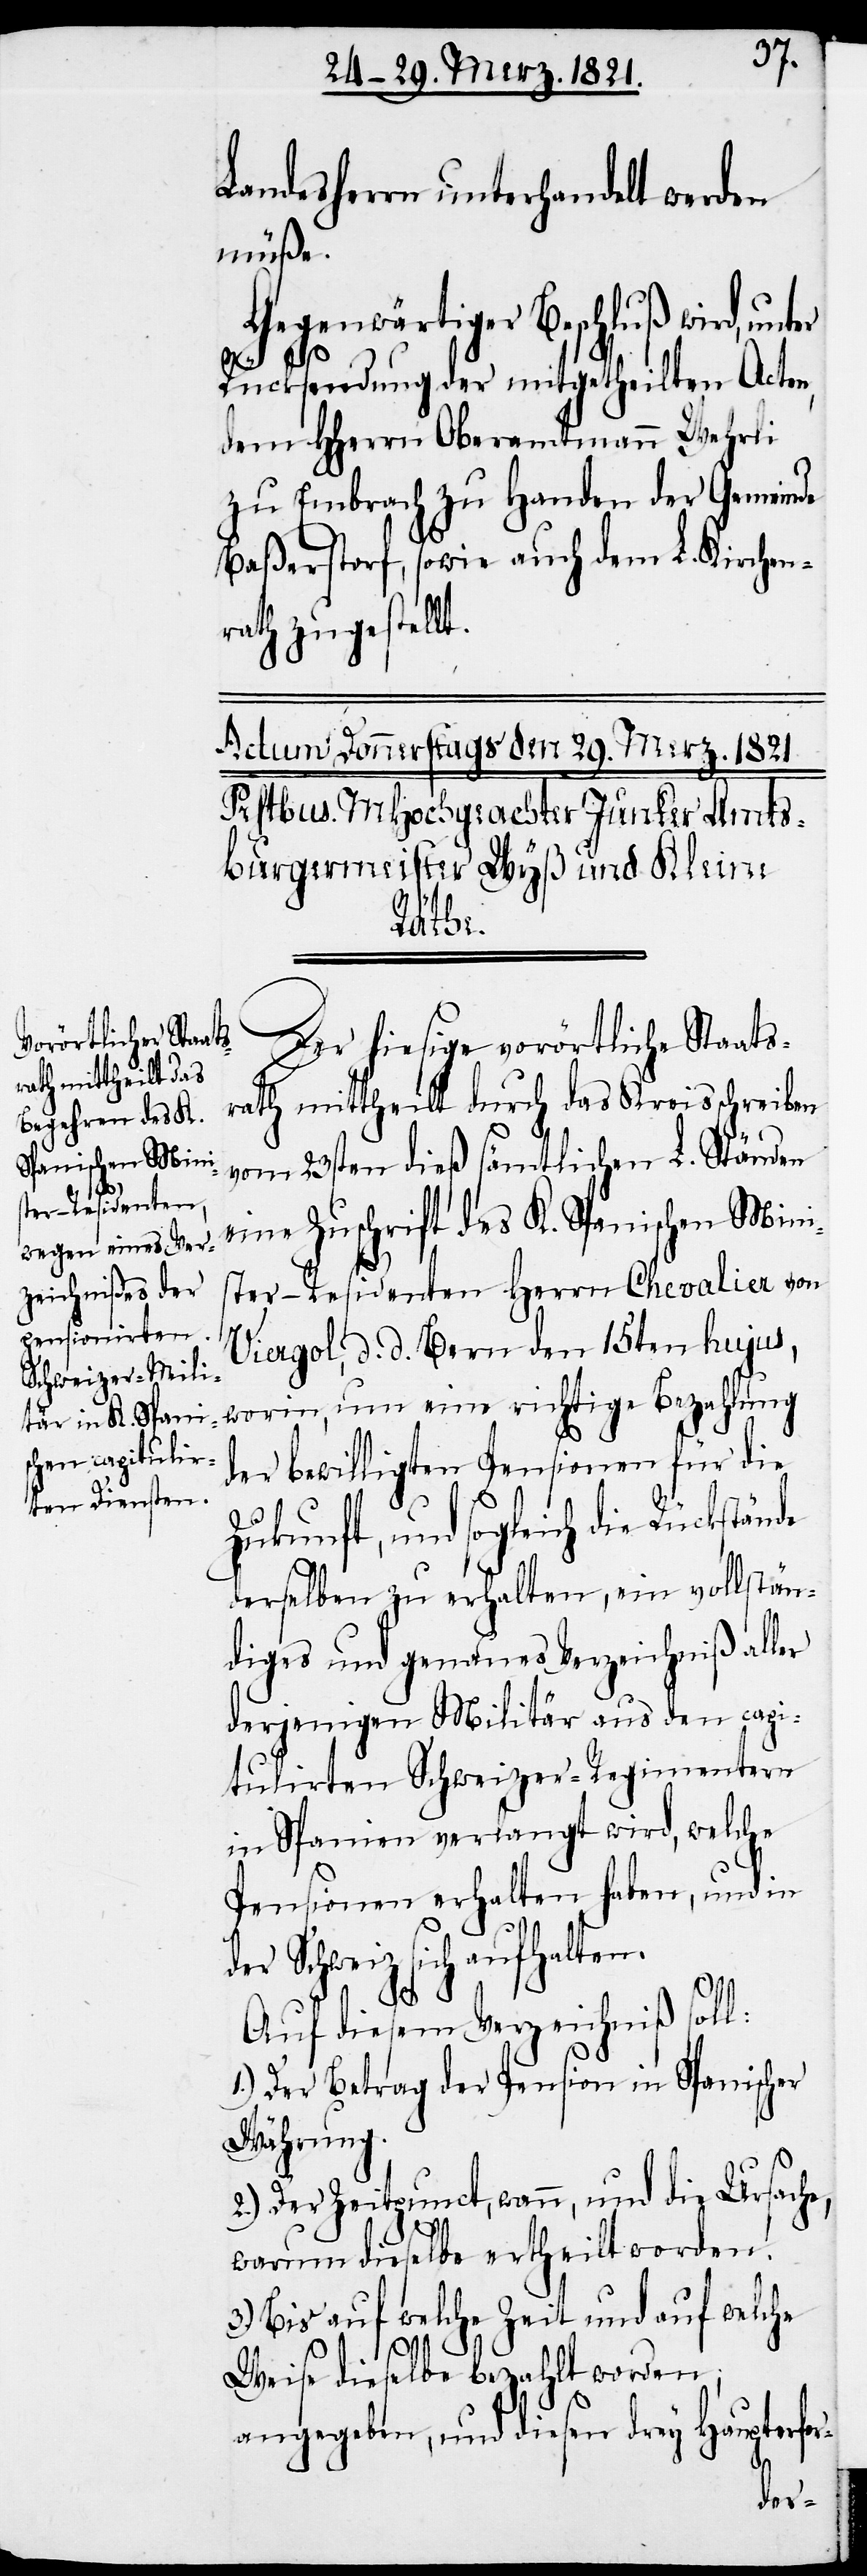
Landesherrn unterhandelt werden
müße.
Gegenwärtiger Beschluß wird, unter
de
Rücksendung der mitgetheilten Acten,
dem HHerrn Oberamtmann Wehrli
zu Embrach zu Handen der Gemeinde
Baßerstorf, sowie auch dem L. Kirchen¬
rath zugestellt.
Der hiesige vorörtliche Staats¬
rath mittheilt durch das Kreisschreiben
vom 23ten dieß sämtlichen L. Ständen
eine Zuschrift des K. Spanischen Mini¬
ster-Residenten Herrn Chevalier von
Viergol, d. d. Bern den 15ten hujus,
worin, um eine richtige Bezahlung
der bewilligten Pensionen für die
Zukunft, und sogleich die Rückstän¬
derselben zu erhalten, ein vollstän¬
diges und genaues Verzeichniß aller
derjenigen Militär aus den capi¬
tulirten Schweizer-Regimentern
in Spanien verlangt wird, welche
Pensionen erhalten haben, und in
der Schweiz sich aufhalten.
Auf diesem Verzeichniß soll:
Der Betrag der Pension in Spanischer
Währung.
Der Zeitpunct, wann, und die Ursache,
warum dieselbe ertheilt worden.
3.) Bis auf welche Zeit und auf welche
Weise dieselbe bezahlt worden;
angegeben, und diesen drey Haupterfor-